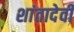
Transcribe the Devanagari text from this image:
शांतादेवी